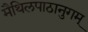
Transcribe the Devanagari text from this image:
मैथिलपाठानुगम्